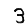
Digit: 3